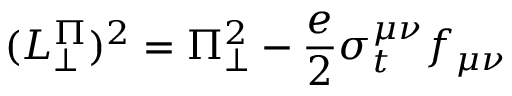
( L _ { \perp } ^ { \Pi } ) ^ { 2 } = \Pi _ { \perp } ^ { 2 } - \frac { e } { 2 } \sigma _ { t } ^ { \mu \nu } f _ { \mu \nu }